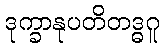
ဒုက္ခာနုပတိတဒ္ဓဂူ